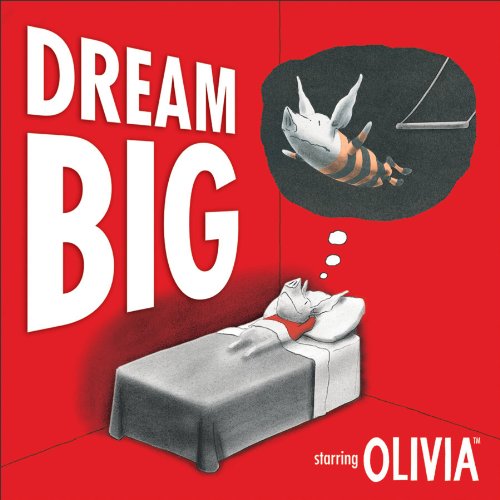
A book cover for Dream Big (Olivia); Ian Falconer; Self-Help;